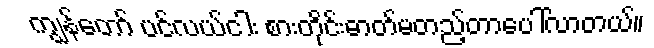
ကျွန်တော် ပင်လယ်ငါး စားတိုင်းဓာတ်မတည့်တာပေါ်လာတယ်။